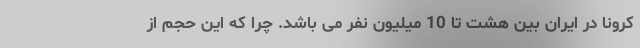
کرونا در ایران بین هشت تا 10 میلیون نفر می باشد. چرا که این حجم از